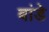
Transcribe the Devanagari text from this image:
बांडे